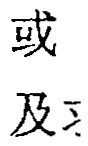
或
及